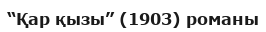
“Қар қызы” (1903) романы